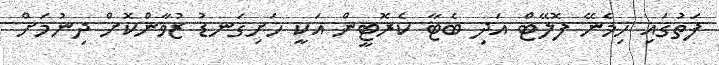
ފަތުގައި ހިމެނޭ ފޮލޭޓް އަދި ބެޓާ ކެރޮޓީން އަކީ ހަށިގަނޑު ޒުވާންކޮށް ދިނުމަށް